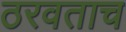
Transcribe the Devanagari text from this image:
ठरवताच